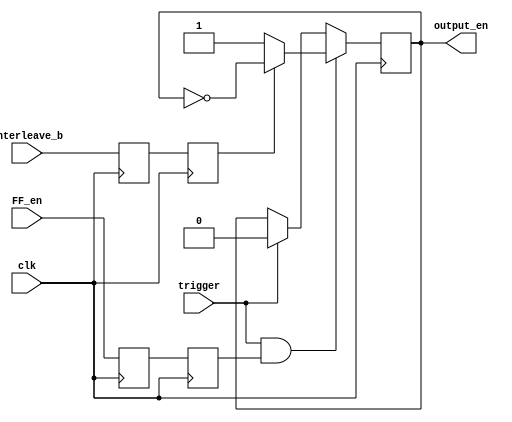
`timescale 1ns / 1ps
//////////////////////////////////////////////////////////////////////////////////
// Company: 
// Engineer: 
// 
// Design Name: 
// Module Name:    Interleaver 
// Project Name: 
// Target Devices: 
// Tool versions: 
// Description: 
//
// Dependencies: 
//
// Revision: 
// Revision 0.01 - File Created
// Additional Comments: 
//
//////////////////////////////////////////////////////////////////////////////////
module Interleaver(
    input clk,
    input trigger,
    input Interleave_b,
	 input FF_en,
	 `ifdef XILINX_ISIM
		output reg output_en = 1'b1
	 `else
		output reg output_en = 1'b0
	 `endif
    );

(* shreg_extract = "no" *) reg Interleave = 1'b0, Interleave_a = 1'b0;
(* shreg_extract = "no" *) reg FF_en_a = 1'b0, FF_en_b = 1'b0;

always @(posedge clk) begin
	Interleave <= Interleave_a;
	Interleave_a <= Interleave_b;
	FF_en_a <= FF_en;
	FF_en_b <= FF_en_a;
	
	//output_en <= (trigger && Interleave) ? ~output_en : 1'b0;
	
	//if (trigger && Interleave) output_en <= ~output_en;
	if (trigger && FF_en_b) output_en <= (Interleave) ? ~output_en : 1'b1;
	else if (trigger) output_en <= 1'b0;
	else output_en <= output_en;
	//else if (trigger) output_en <= 1'b1;
	//else output_en <= output_en;
end
	
endmodule